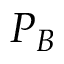
P _ { B }